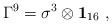
\begin{align*} \Gamma^9= \sigma^3 \otimes {\bf 1}_{16}~,~~~\end{align*}